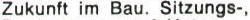
Zukunft im Bau. Sitzungs-,